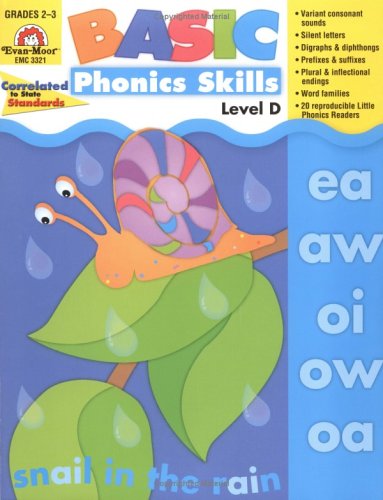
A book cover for Basic Phonics Skills, Level D; Evan Moor; Reference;